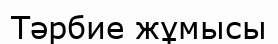
Тәрбие жұмысы